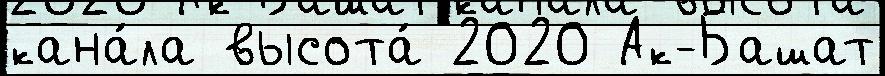
кана́ла высота́ 2020 Ак-Башат